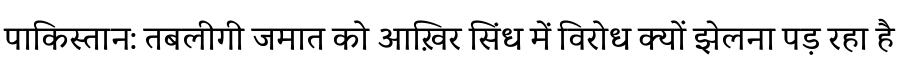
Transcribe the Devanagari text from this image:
पाकिस्तान: तबलीगी जमात को आख़िर सिंध में विरोध क्यों झेलना पड़ रहा है